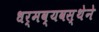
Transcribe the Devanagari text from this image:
धर्मव्यवस्थेने